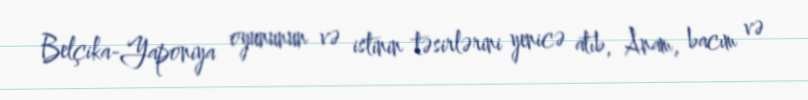
Belçika-Yaponiya oyununun və istinin təsirlərini yenicə atıb, Anam, bacım və